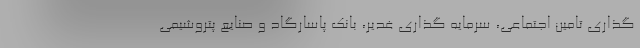
گذاری تامین اجتماعی، سرمایه گذاری غدیر، بانک پاسارگاد و صنایع پتروشیمی